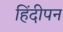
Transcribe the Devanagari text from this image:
हिंदीपन